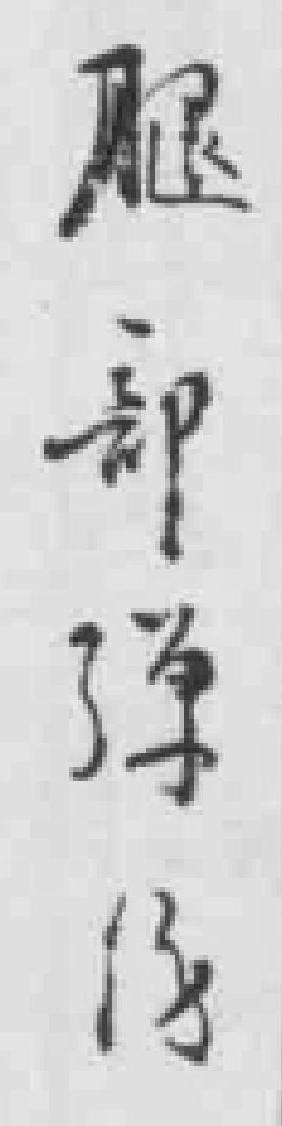
腿部弹伤